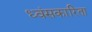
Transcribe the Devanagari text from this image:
ध्वंसकारिता